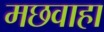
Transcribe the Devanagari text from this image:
मछवाहा